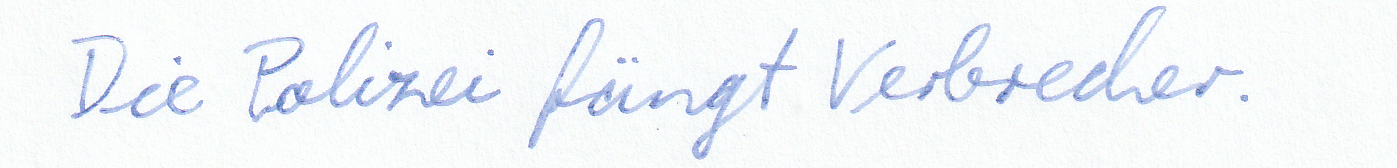
Die Polizei fängt Verbrecher.